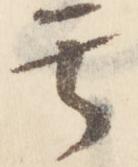
其